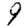
Digit: 9